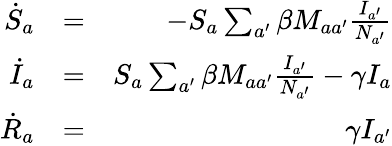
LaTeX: \begin{array}{rlr}{\dot{S}_{a}}&{=}&{-S_{a}\sum_{a^{\prime}}\beta M_{aa^{\prime}}\frac{I_{a^{\prime}}}{N_{a^{\prime}}}}\\ {\dot{I}_{a}}&{=}&{S_{a}\sum_{a^{\prime}}\beta M_{aa^{\prime}}\frac{I_{a^{\prime}}}{N_{a^{\prime}}}-\gamma I_{a}}\\ {\dot{R}_{a}}&{=}&{\gamma I_{a^{\prime}}}\end{array}